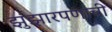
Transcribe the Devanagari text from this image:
झुंझारपणाची